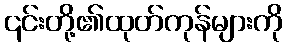
၎င်းတို့၏ထုတ်ကုန်များကို